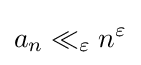
a_{n}\ll _{\varepsilon }n^{\varepsilon }